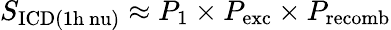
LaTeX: S_{\mathrm{ICD(1h\ nu)}}\approx P_{\mathrm{1}}\times P_{\mathrm{exc}}\times P_{\mathrm{recomb}}